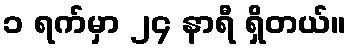
၁ ရက်မှာ ၂၄ နာရီ ရှိတယ်။